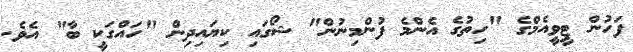
ފަހުން ޓީވީއެމްގެ "ހިތުގެ އެންމެ ފުންމިނުން" ޝޯގައި ކިޔައިދިން "ހައްގަކީ ބާ" އެވެ.